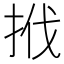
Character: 𢬩